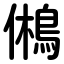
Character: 鵂